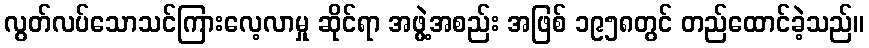
လွတ်လပ်သောသင်ကြားလေ့လာမှု ဆိုင်ရာ အဖွဲ့အစည်း အဖြစ် ၁၉၅၈တွင် တည်ထောင်ခဲ့သည်။